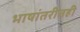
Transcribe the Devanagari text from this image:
भाषांतरीतही